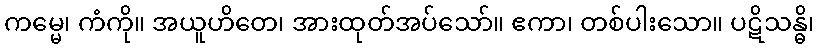
ကမ္မေ၊ ကံကို။ အယူဟိတေ၊ အားထုတ်အပ်သော်။ ဧကာ၊ တစ်ပါးသော။ ပဋိသန္ဓိ၊